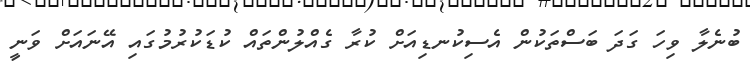
ބުނެލާ ވިހަ ގަދަ ބަސްތަކުން އެސިކުނޑިއަށް ކުރާ ގެއްލުންތައް ކުޑަކުރުމުގައި އޭނައަށް ވަނީ